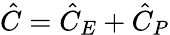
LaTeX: \hat{C}=\hat{C}_{E}+\hat{C}_{P}